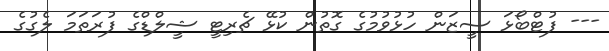
--- ފުޓްބޯޅަ ސީޒަން ހުޅުވުމުގެ ގޮތުން ކުޅޭ ޗެރިޓީ ޝީލްޑްގެ ފުރަތަމަ ލެގުގެ